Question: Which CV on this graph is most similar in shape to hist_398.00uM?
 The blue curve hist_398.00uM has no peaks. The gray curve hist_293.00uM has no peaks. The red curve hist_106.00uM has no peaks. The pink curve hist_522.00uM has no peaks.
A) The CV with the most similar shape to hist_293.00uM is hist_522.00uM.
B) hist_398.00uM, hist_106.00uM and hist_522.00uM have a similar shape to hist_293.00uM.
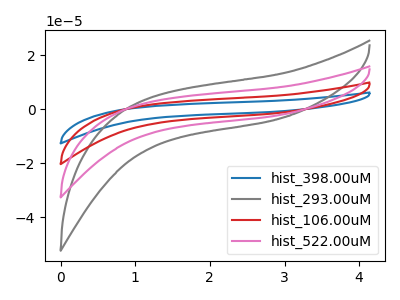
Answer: <think>Neither "hist_398.00uM" or "hist_293.00uM" have any peaks. Neither "hist_398.00uM" or "hist_106.00uM" have any peaks. Neither "hist_398.00uM" or "hist_522.00uM" have any peaks. Neither "hist_293.00uM" or "hist_106.00uM" have any peaks. Neither "hist_293.00uM" or "hist_522.00uM" have any peaks. Neither "hist_106.00uM" or "hist_522.00uM" have any peaks.
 </think>
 <answer>B) "hist_398.00uM", "hist_106.00uM" and "hist_522.00uM" have a similar shape to "hist_293.00uM".</answer>
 <eval>B</eval>